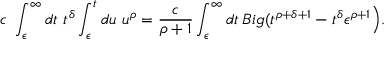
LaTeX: c \ \int _ { \epsilon } ^ { \infty } d t \ t ^ { \delta } \int _ { \epsilon } ^ { t } d u \ u ^ { \rho } = \frac { c } { \rho + 1 } \int _ { \epsilon } ^ { \infty } d t \, B i g ( t ^ { \rho + \delta + 1 } - t ^ { \delta } \epsilon ^ { \rho + 1 } \Big ) .